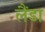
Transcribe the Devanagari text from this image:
लैंडा